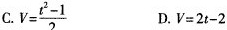
C.$$V = \frac { t ^ { 2 } - 1 } { 2 }$$ D.$$V = 2 t - 2$$